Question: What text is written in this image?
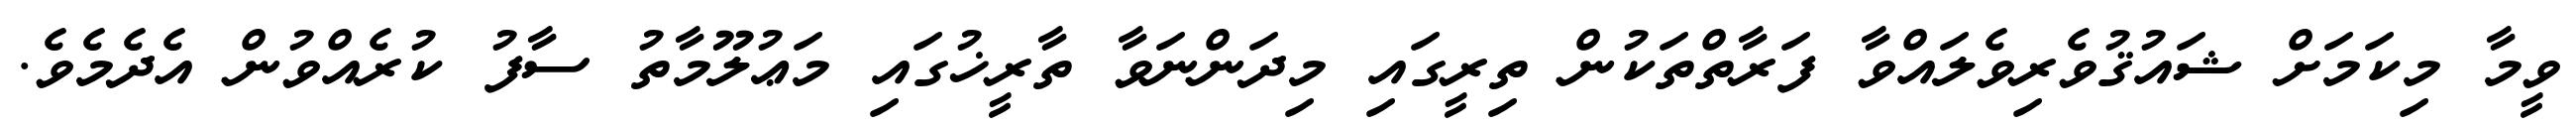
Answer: ވީމާ މިކަމަށް ޝައުޤުވެރިވެލައްވާ ފަރާތްތަކުން ތިރީގައި މިދަންނަވާ ތާރީޚުގައި މަޢުލޫމާތު ސާފު ކުރެއްވުން އެދެމެވެ.